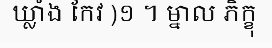
ឃ្លាំង កែវ )១ ។ ម្នាល ភិក្ខុ